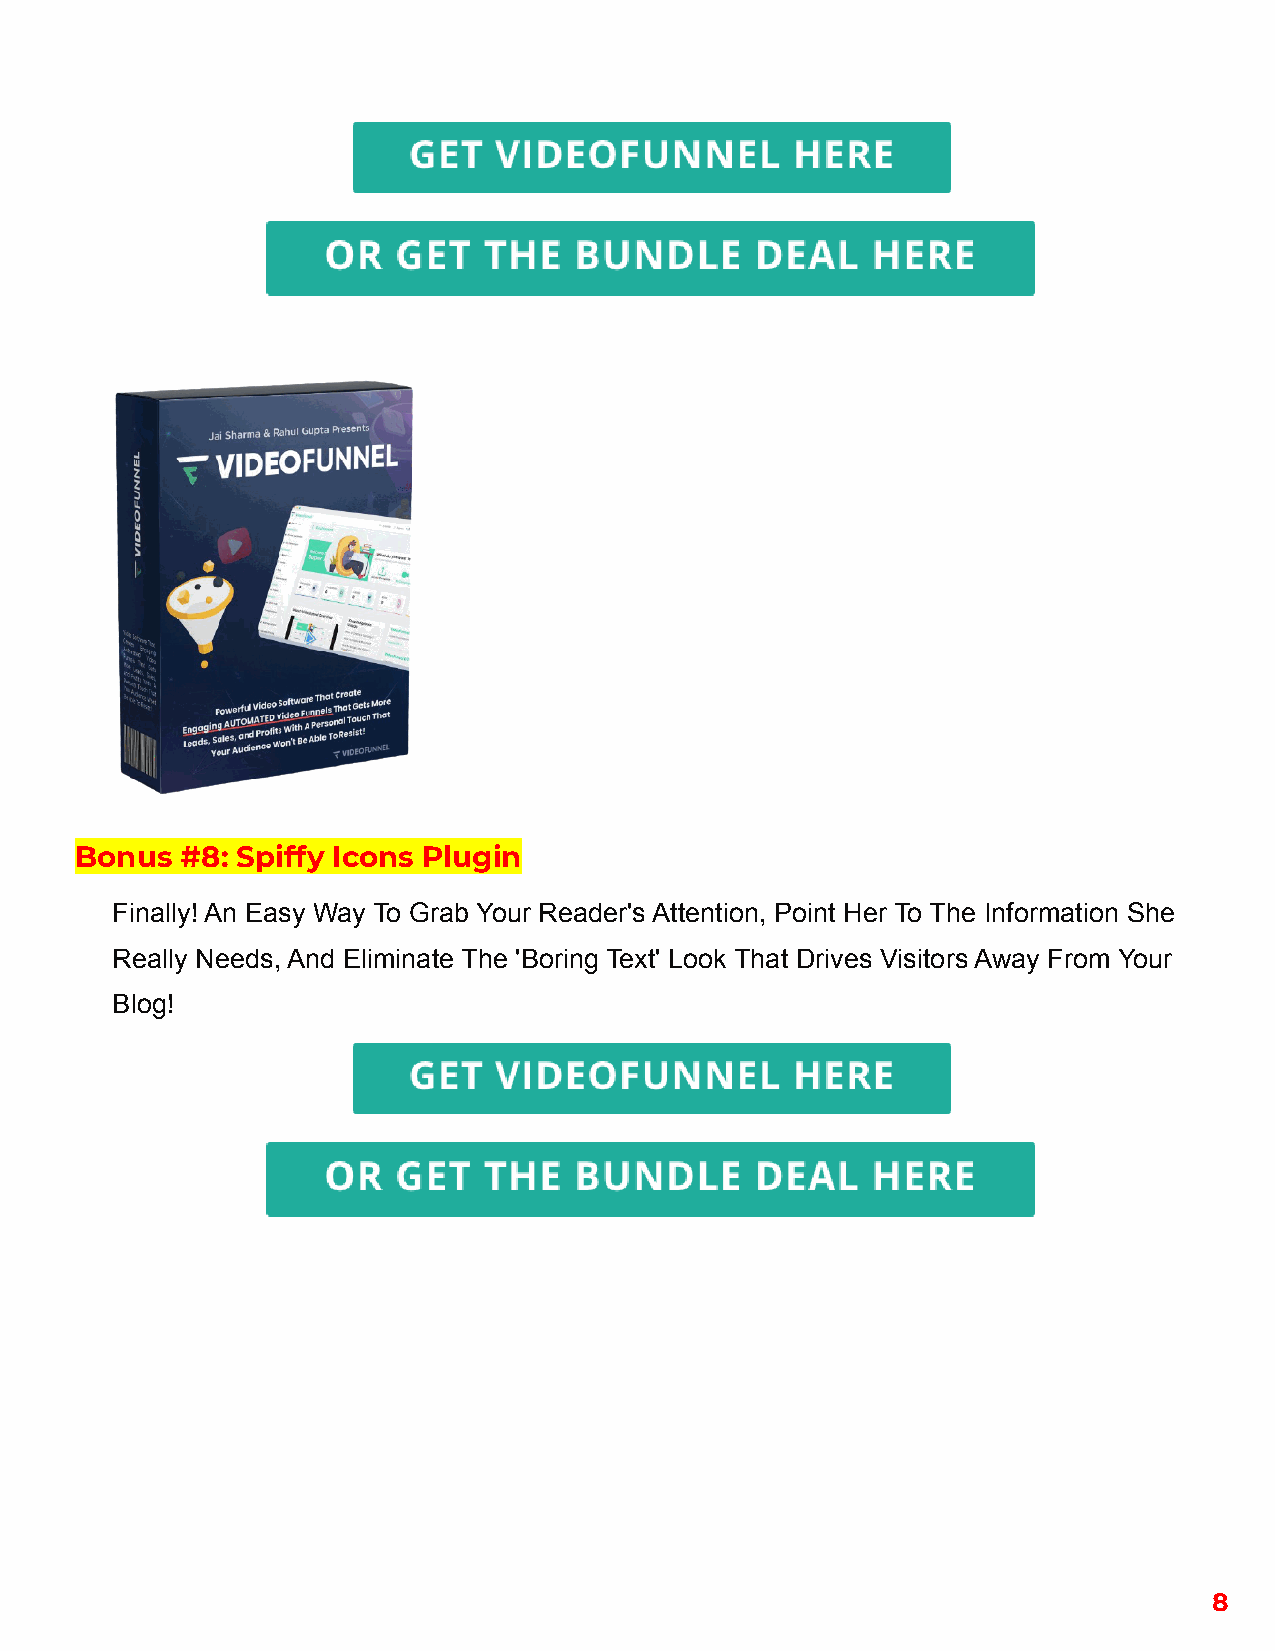
Bonus  #8: Spiffy Icons Plugin
 Finally! An Easy Way To Grab Your Reader's Attention, Point Her To The Information She
 Really Needs, And Eliminate The 'Boring Text' Look That Drives Visitors Away From Your
 Blog!
 8